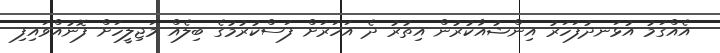
އެއްގަމު އުޅަނދުފަހަރު އިންޝުއާކުރުން އިތުރު ދެ އަހަރަށް ފަސްކުރުމުގެ ބިލެއް މަޖިލީހަށް ފޮނުއްވައިފި